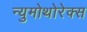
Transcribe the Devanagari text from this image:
न्युमोथोरेक्स